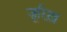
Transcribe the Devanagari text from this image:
ज़ूरिख़